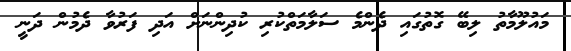
މައުލޫމާތު ލިބޭ ގޮތުގައި ދެންމެ ސަލާމަތްކުރި ކުދިންނަށް އަދި ފަރުވާ ދެމުން ދަނީ